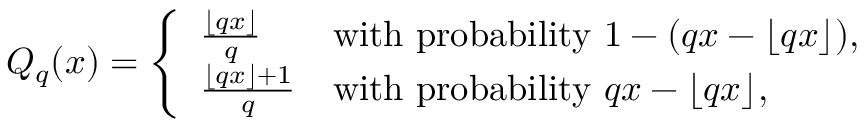
\begin{array} { r } { Q _ { q } ( x ) = \left\{ \begin{array} { l l } { \frac { \lfloor q x \rfloor } { q } } & { \mathrm { w i t h ~ p r o b a b i l i t y ~ } 1 - ( q x - \lfloor q x \rfloor ) , } \\ { \frac { \lfloor q x \rfloor + 1 } { q } } & { \mathrm { w i t h ~ p r o b a b i l i t y ~ } q x - \lfloor q x \rfloor , } \end{array} \right. } \end{array}